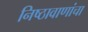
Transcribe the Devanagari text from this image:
निष्ठावाणांचा